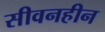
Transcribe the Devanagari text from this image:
सीवनहीन